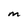
Character: M